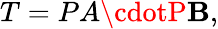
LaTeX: T=PA\cdotP\mathbf{B},